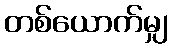
တစ်ယောက်မျှ